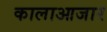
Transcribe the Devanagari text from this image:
कालाआजार